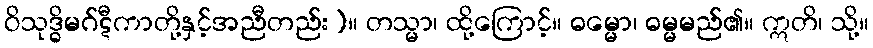
ဝိသုဒ္ဓိမဂ်ဋီကာတို့နှင့်အညီတည်း)။ တသ္မာ၊ ထို့ကြောင့်။ ဓမ္မော၊ ဓမ္မမည်၏။ ဣတိ၊ သို့။